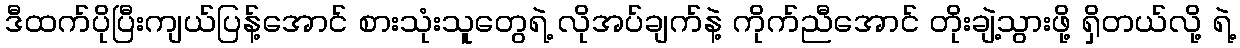
ဒီထက်ပိုပြီးကျယ်ပြန့်အောင် စားသုံးသူတွေရဲ့ လိုအပ်ချက်နဲ့ ကိုက်ညီအောင် တိုးချဲ့သွားဖို့ ရှိတယ်လို့ ရဲ့